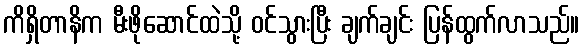
ကိရှိတာနိက မီးဖိုဆောင်ထဲသို့ ဝင်သွားပြီး ချက်ချင်း ပြန်ထွက်လာသည်။